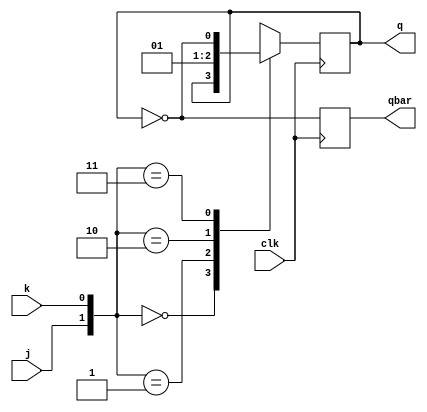
module jk_flipflop(
    input j,
    input k,
    input clk,
    output q,
    output qbar
    );
    reg q,qbar;
    always @(negedge clk)
        begin
        case({j,k})
        2'b00 : q <= q;
        2'b01 : q <= 0;
        2'b10 : q <= 1;
        2'b11 : q <= ~q;
        endcase
    qbar = ~q;
    end
     
endmodule